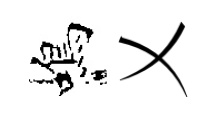
蝎乂